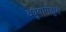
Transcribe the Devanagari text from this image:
क्यूबोमेड्युसे